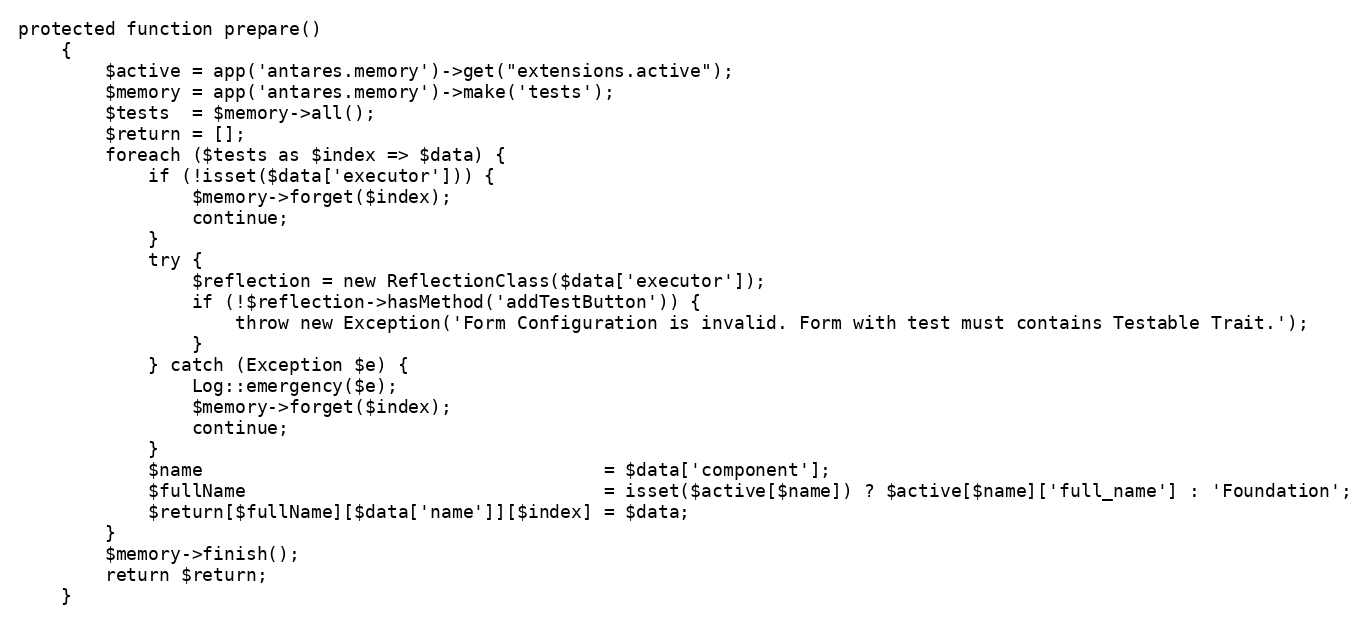
Language: PHP
protected function prepare()
    {
        $active = app('antares.memory')->get("extensions.active");
        $memory = app('antares.memory')->make('tests');
        $tests  = $memory->all();
        $return = [];
        foreach ($tests as $index => $data) {
            if (!isset($data['executor'])) {
                $memory->forget($index);
                continue;
            }
            try {
                $reflection = new ReflectionClass($data['executor']);
                if (!$reflection->hasMethod('addTestButton')) {
                    throw new Exception('Form Configuration is invalid. Form with test must contains Testable Trait.');
                }
            } catch (Exception $e) {
                Log::emergency($e);
                $memory->forget($index);
                continue;
            }
            $name                                     = $data['component'];
            $fullName                                 = isset($active[$name]) ? $active[$name]['full_name'] : 'Foundation';
            $return[$fullName][$data['name']][$index] = $data;
        }
        $memory->finish();
        return $return;
    }